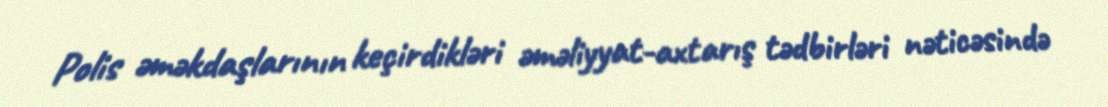
Polis əməkdaşlarının keçirdikləri əməliyyat-axtarış tədbirləri nəticəsində